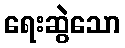
ရေးဆွဲသော